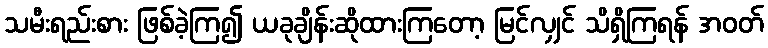
သမီးရည်းစား ဖြစ်ခဲ့ကြ၍ ယခုချိန်းဆိုထားကြတော့ မြင်လျှင် သိရှိကြရန် အဝတ်